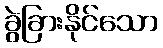
ခွဲခြားနိုင်သော